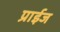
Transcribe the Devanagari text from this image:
प्राईज